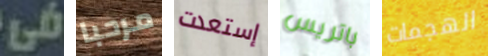
فى مرحبا إستعدت باتريس الهجمات